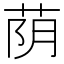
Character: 荫